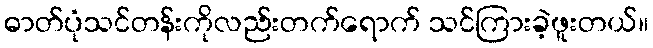
ဓာတ်ပုံသင်တန်းကိုလည်းတက်ရောက် သင်ကြားခဲ့ဖူးတယ်။